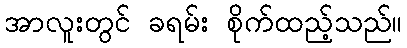
အာလူးတွင် ခရမ်း စိုက်ထည့်သည်။